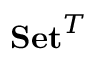
\mathbf { S e t } ^ { T }